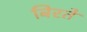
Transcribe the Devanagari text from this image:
बिरते